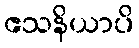
ဧသနိယာပိ